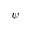
\psi